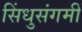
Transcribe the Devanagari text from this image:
सिंधुसंगमीं